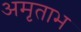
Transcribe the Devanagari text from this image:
अमृताभ